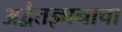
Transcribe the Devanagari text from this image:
अद्वैतज्ञानाचा